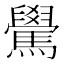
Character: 䮸